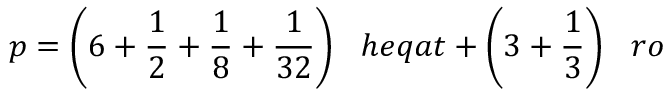
p = { \bigg ( } 6 + { \frac { 1 } { 2 } } + { \frac { 1 } { 8 } } + { \frac { 1 } { 3 2 } } { \bigg ) } \; \; \; h e q a t + { \bigg ( } 3 + { \frac { 1 } { 3 } } { \bigg ) } \; \; \; r o